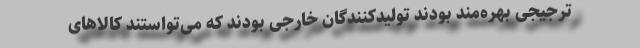
ترجیجی بهره‌مند بودند تولیدکنندگان خارجی بودند که می‌تواستند کالاهای